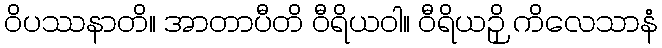
ဝိပဿနာတိ။ အာတာပီတိ ဝီရိယဝါ။ ဝီရိယဉှိ ကိလေသာနံ